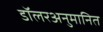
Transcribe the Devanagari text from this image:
डॉलरअनुमानित